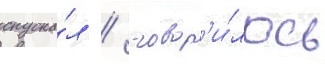
спуска́л /  говор'и́лось